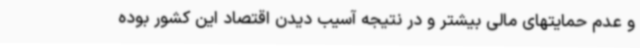
و عدم حمایتهای مالی بیشتر و در نتیجه آسیب دیدن اقتصاد این کشور بوده